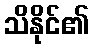
သိနိုင်၏